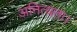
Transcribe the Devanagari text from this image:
अनित्यता।